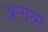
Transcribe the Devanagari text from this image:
अनात्मं